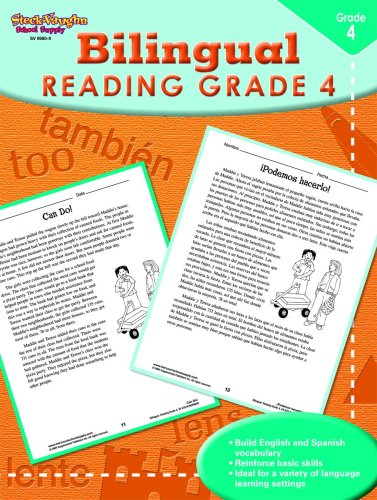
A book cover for Steck-Vaughn Bilingual: Reproducible Reading Fourth Grade; STECK-VAUGHN; Children's Books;